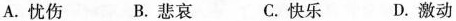
A. 忧伤 B. 悲哀 C. 快乐 D. 激动